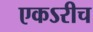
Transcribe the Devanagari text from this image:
एकऽरीच